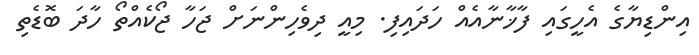
އިންޑިޔާގެ އެހީގައި ފާޚާނާއެއް ހަދައިފި. މިއީ ދިވެހިންނަށް ޖަހާ ޖޯކެއްތޯ ހާދަ ބޮޑެތި